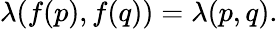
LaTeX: \lambda(f(p),f(q))=\lambda(p,q).